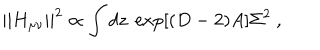
LaTeX: | | H _ { \mu \nu } | | ^ { 2 } \propto \int d z ~ \exp [ ( D - 2 ) A ] \Sigma ^ { 2 } ~ ,